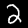
Label: 2